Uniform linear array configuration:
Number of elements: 48
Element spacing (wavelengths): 0.25
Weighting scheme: binomial
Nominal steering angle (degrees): -45
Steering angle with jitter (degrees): -46.398
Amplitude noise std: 0.05
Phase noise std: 0.05

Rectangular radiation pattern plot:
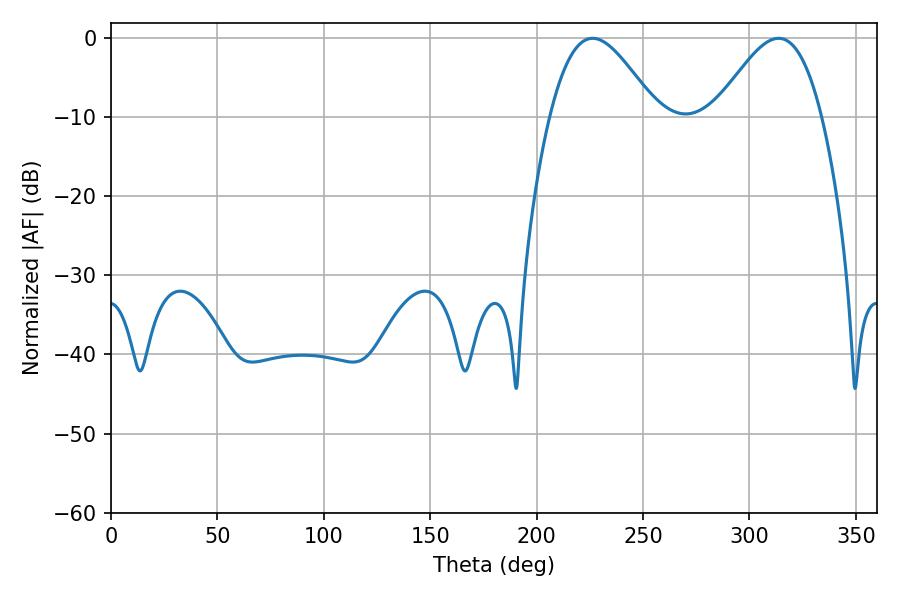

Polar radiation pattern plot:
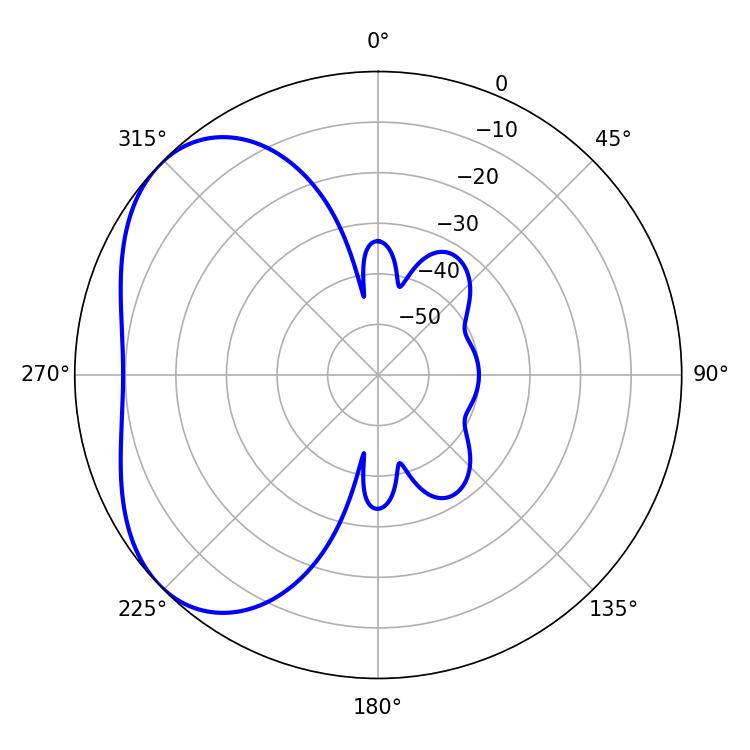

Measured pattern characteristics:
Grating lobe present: FALSE
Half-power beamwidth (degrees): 26.82
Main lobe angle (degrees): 226.26